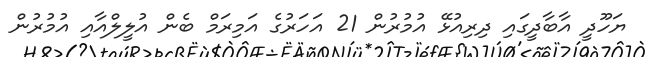
ޔަހޫދީ އާބާދީގައި ދިރިއުޅޭ އުމުރުން 21 އަހަރުގެ އަމިރަމް ބެން އުލީލްއާއި އުމުރުން